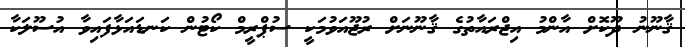
ޤާނޫނު ދޫކޮށް އާންމު އިޖްރައާތުގެ ޤާނޫނަށް ރުޖޫއަވުމަކީ ސުޕްރީމް ކޯޓުން ކަނޑައަޅާފައިވާ އުސޫލަކާ